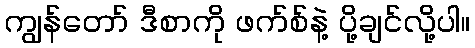
ကျွန်တော် ဒီစာကို ဖက်စ်နဲ့ ပို့ချင်လို့ပါ။